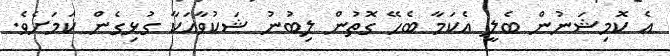
އެ ކޮމިޝަނުން ބެލީ އެކަމާ ބެހޭ ގޮތުން ލިބުނު ޝަކުވާއަކާ ގުޅިގެން ކަމަށެވެ.